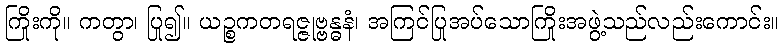
ကြိုးကို။ ကတွာ၊ ပြု၍။ ယဉ္စကတရဇ္ဇုဗ္ဗန္ဓနံ၊ အကြင်ပြုအပ်သောကြိုးအဖွဲ့သည်လည်းကောင်း။